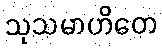
သုသမာဟိတေ